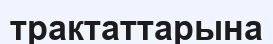
трактаттарына